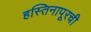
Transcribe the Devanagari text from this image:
हस्तिनापूरची